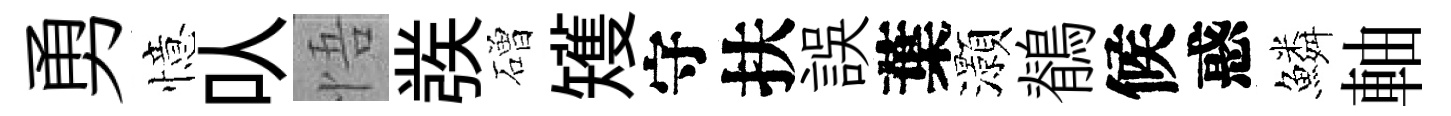
勇憶㕥悟彂磳矱守扶誤葉灝鶺候惑鱗軸